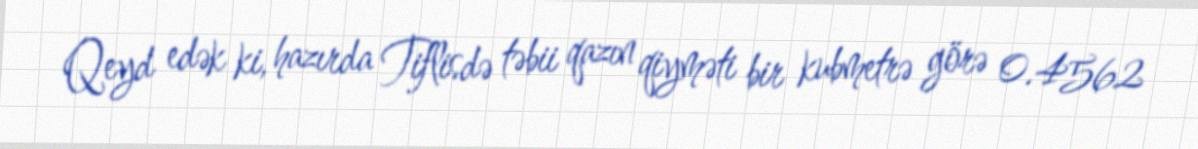
Qeyd edək ki, hazırda Tiflisdə təbii qazın qiyməti bir kubmetrə görə 0.4562